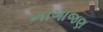
નાગાજણ